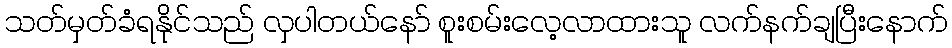
သတ်မှတ်ခံရနိုင်သည် လှပါတယ်နော် စူးစမ်းလေ့လာထားသူ လက်နက်ချပြီးနောက်